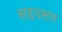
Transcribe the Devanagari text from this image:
सहयसार